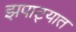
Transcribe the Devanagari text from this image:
झपाट्यात